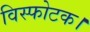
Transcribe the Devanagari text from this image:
विस्फोटक।